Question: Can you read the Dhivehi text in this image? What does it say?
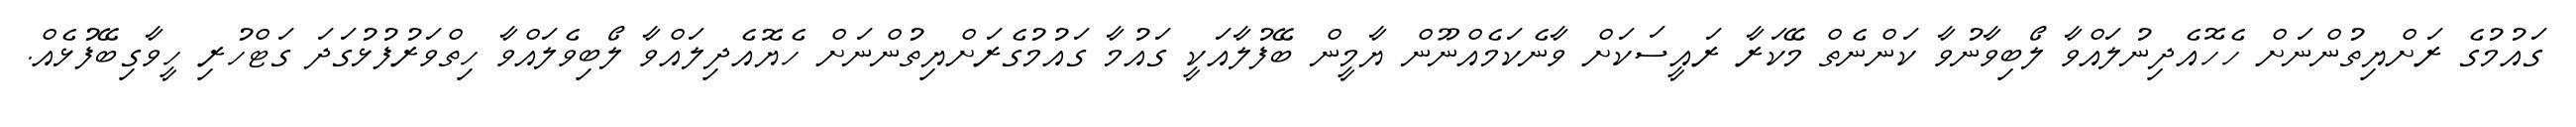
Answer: ގައުމުގެ ރަށްޔިތުންނަށް ހެހޮއެދިނުލައްވާ ލޯބިވާނުވާ ކަންނެތް މޭކަރާ ރައީސަކަށް ވާނެކަމެއްނޫން ޔާމީން ބޭފުލާއަކީ ގައުމާ ގައުމުގެރަށްޔިތުންނަށް ހެޔޮއެދިލައްވާ ލޯބިވެލައްވާ ހިތްވަރުފުޅުގަދަ ގަޓްހުރި ހީވާގިބޭފުޅެއް.